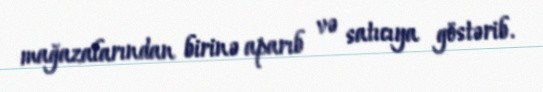
mağazalarından birinə aparıb və satıcıya göstərib.